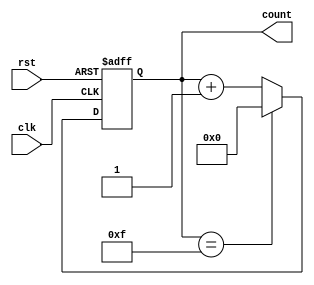
module ModulusCounter (
    input clk,
    input rst,
    output reg [3:0] count // Assuming modulus of 16
);

always @(posedge clk or posedge rst) begin
    if (rst) begin
        count <= 4'b0000; // Reset count to zero
    end else begin
        if (count == 4'b1111) begin
            count <= 4'b0000; // Reset count back to zero when maximum count is reached
        end else begin
            count <= count + 1; // Increment count by 1
        end
    end
end

endmodule